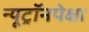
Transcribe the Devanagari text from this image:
न्यूट्रॉनपेक्षा